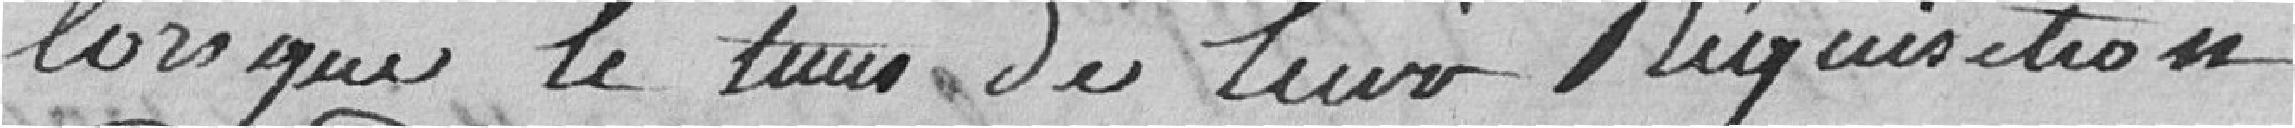
lorsque le temps de leur réquisition